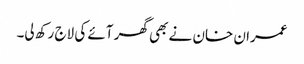
عمران خان نے بھی گھر آئے کی لاج رکھ لی۔